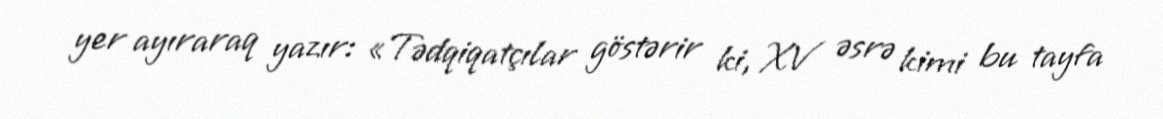
yer ayıraraq yazır: «Tədqiqatçılar göstərir ki, XV əsrə kimi bu tayfa